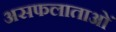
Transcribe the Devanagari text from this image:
असफलाताओं